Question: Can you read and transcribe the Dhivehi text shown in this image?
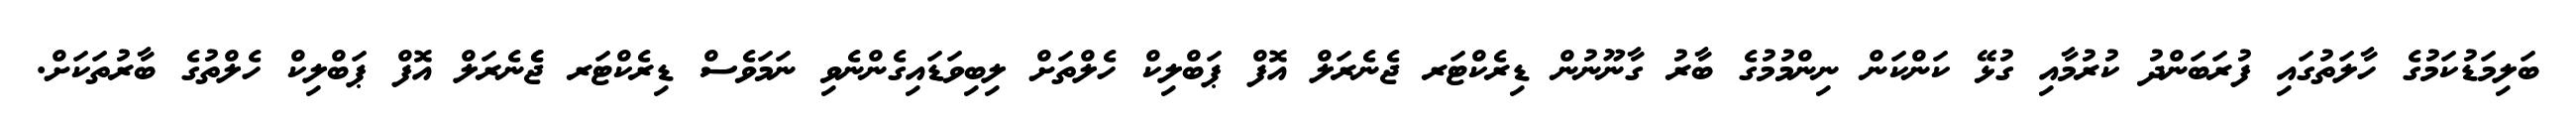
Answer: ބަލިމަޑުކަމުގެ ހާލަތުގައި ފުރަބަންދު ކުރުމާއި ގުޅޭ ކަންކަން ނިންމުމުގެ ބާރު ގާނޫނުން ޑިރެކްޓަރ ޖެނެރަލް އޮފް ޕަބްލިކް ހެލްތަށް ލިބިވަޑައިގެންނެވި ނަމަވެސް ޑިރެކްޓަރ ޖެެނެރަލް އޮފް ޕަބްލިކް ހެލްތުގެ ބާރުތަކަށް.